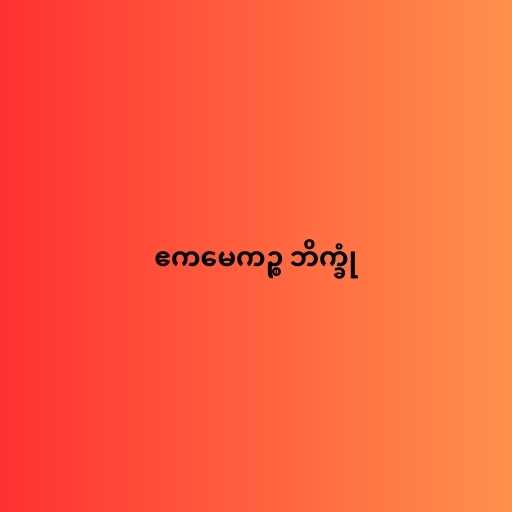
ဧကမေကဉ္စ ဘိက္ခုံ